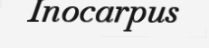
Inocarpus